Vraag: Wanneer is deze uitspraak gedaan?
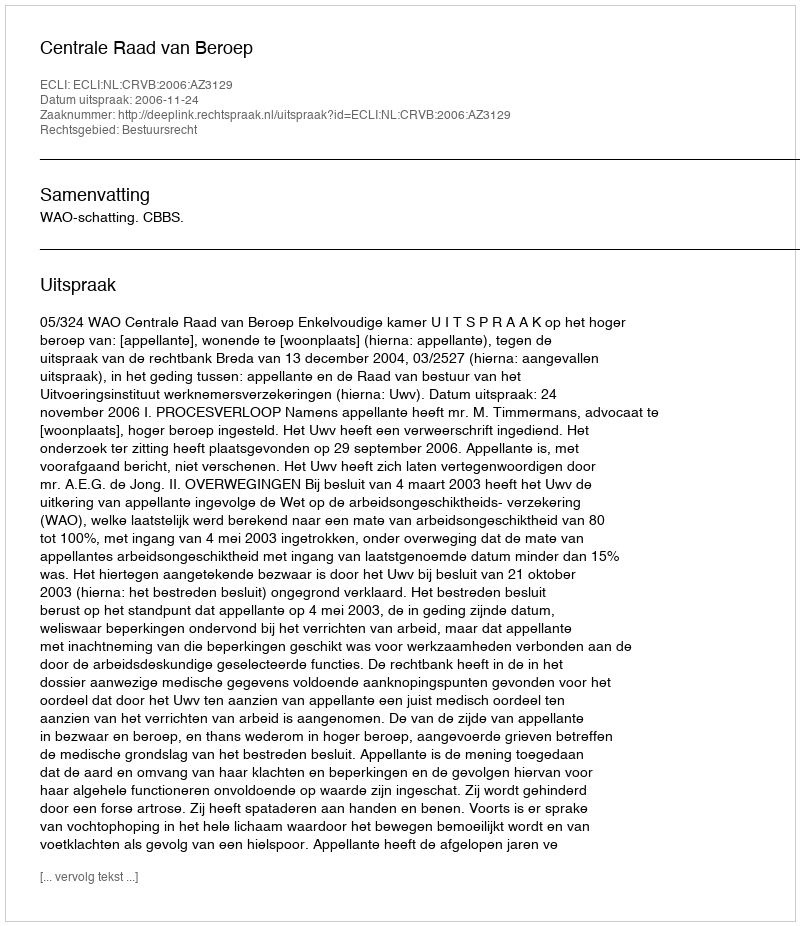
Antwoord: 2006-11-24